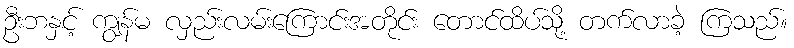
ဦးဘနှင့် ကျွန်မ လှည်းလမ်းကြောင်းအတိုင်း တောင်ထိပ်သို့ တက်လာခဲ့ ကြသည်။